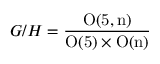
{ \cal G } / { \cal H } = \frac { \mathrm { O ( 5 , n ) } } { \mathrm { O ( 5 ) } \times \mathrm { O ( n ) } }